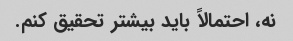
نه، احتمالاً باید بیشتر تحقیق کنم.